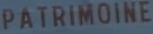
PATRIMOINE